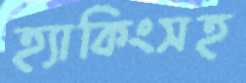
হ্যাকিংসহ